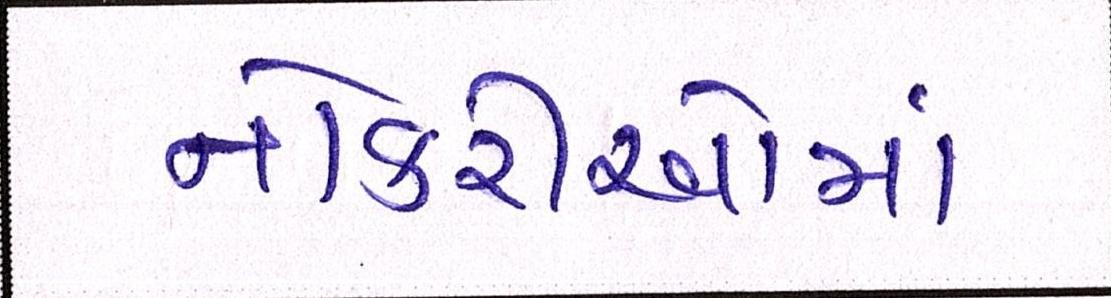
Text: નોકરીઓમાં